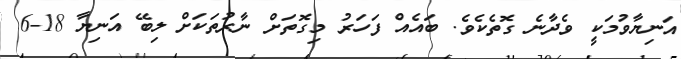
އަނިޔާވުމަކީ ވެދާނެ ގޮތެކެވެ. ބައެއް ފަހަރު މިގޮތަށް ނާރުތަކަށް ލިބޭ އަނިޔާ 18-6